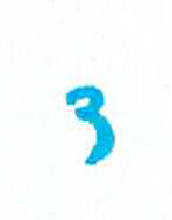
אות: ד